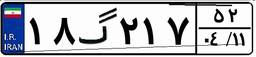
۸۷گ۵۷۹۰۹